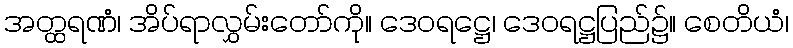
အတ္ထရဏံ၊ အိပ်ရာလွှမ်းတော်ကို။ ဒေဝရဋ္ဌေ၊ ဒေဝရဋ္ဌပြည်၌။ စေတိယံ၊